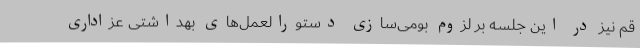
قم نیز در این جلسه بر لزوم بومی‌سازی دستورالعمل‌های بهداشتی عزاداری